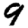
Digit: 9